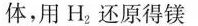
体，用H_{2}还原得镁